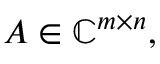
A \in \mathbb { C } ^ { m \times n } ,